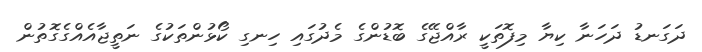
ދަގަނޑު ދަހަނާ ކިޔާ މިފޮތަކީ ރާއްޖޭގެ ބޮޑުންގެ މެދުގައި ހިނގި ކޯޅުންތަކުގެ ނަތީޖާއެއްގެގޮތުން